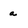
Character: a